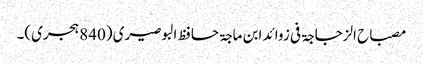
مصباح الزجاجۃ فی زوائد ابن ماجۃ حافظ البوصیری (840 ہجری)۔